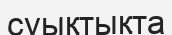
суықтықта